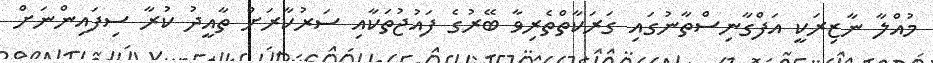
މުއްލާ ނާޒިރަކީ އަފްގާނިސްތާނުގައި ގަރަކާތްތެރިވާ ބޭރުގެ ފައުޖުތަކާއި ސަރުކާރަށް ތާއީދު ކުރާ ސިފައިންނަށް